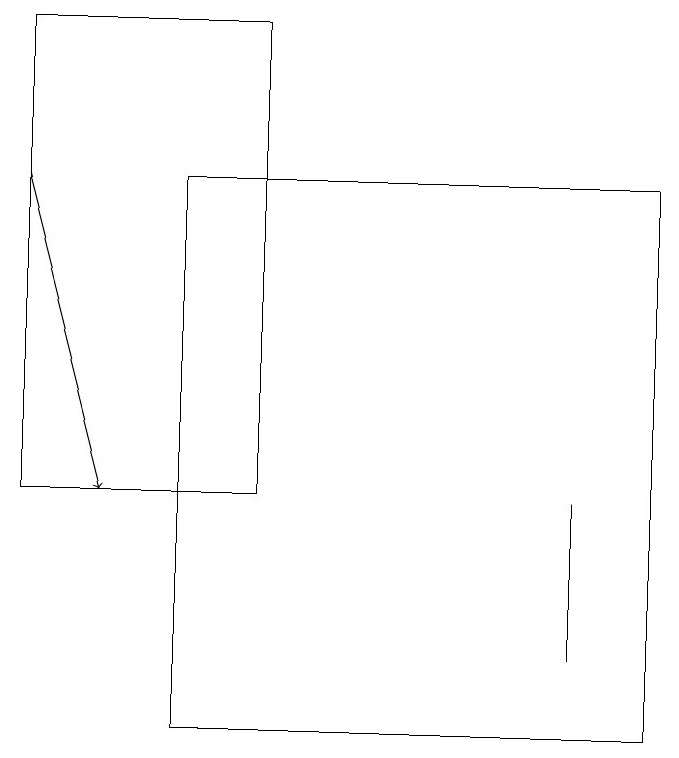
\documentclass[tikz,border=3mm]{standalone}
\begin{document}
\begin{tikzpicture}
\draw (8,17) rectangle (2,10);
\draw[->] (0,17) -- (1,13);
\draw (0,19) rectangle (3,13);
\draw (7,11) rectangle (7,13);
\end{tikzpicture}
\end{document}